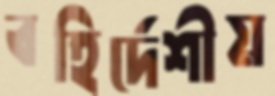
বহির্দেশীয়